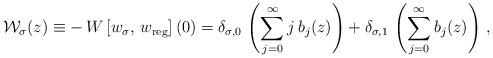
LaTeX: \begin{align*}\mathcal{W}_\sigma(z)\equiv -\,W\left[w_\sigma,\,w_{\rm reg}\right](0)=\delta_{\sigma,0}\,\left(\sum_{j=0}^\infty j\,b_j(z)\right) + \delta_{\sigma,1}\,\left(\sum_{j=0}^\infty b_j(z)\right)\,, \end{align*}